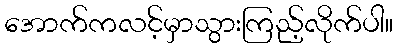
အောက်ကလင့်မှာသွားကြည့်လိုက်ပါ။